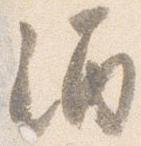
酒